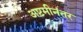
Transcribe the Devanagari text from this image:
अष्टमीनंतर